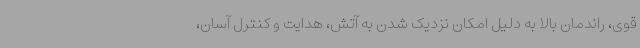
قوی، راندمان بالا به دلیل امکان نزدیک شدن به آتش، هدایت و کنترل آسان،